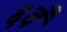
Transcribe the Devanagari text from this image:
६वँ